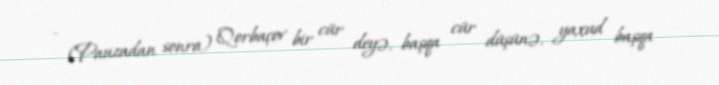
- (Pauzadan sonra) Qorbaçov bir cür deyə, başqa cür düşünə, yaxud başqa